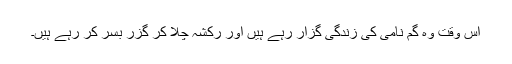
اس وقت وہ گم نامی کی زندگی گزار رہے ہیں اور رکشہ چلا کر گزر بسر کر رہے ہیں۔